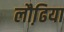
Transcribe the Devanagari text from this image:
लौढि़या